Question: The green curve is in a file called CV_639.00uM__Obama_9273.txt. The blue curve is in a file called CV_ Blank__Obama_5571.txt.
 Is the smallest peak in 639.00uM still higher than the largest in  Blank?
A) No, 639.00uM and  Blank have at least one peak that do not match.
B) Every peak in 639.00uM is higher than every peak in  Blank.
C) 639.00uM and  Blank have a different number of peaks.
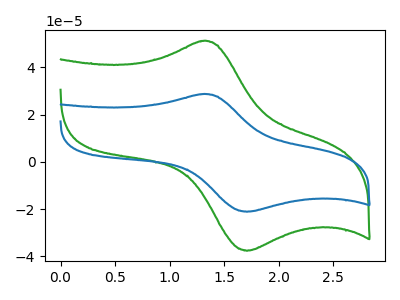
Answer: <think>The green curve "639.00uM" has an anodic peak at (1.30V, 51.15uA) and a cathodic peak at (1.70V, -37.60uA). The blue curve " Blank" has an anodic peak at (1.30V, 28.65uA) and a cathodic peak at (1.70V, -21.05uA).</think>
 <answer>B) Every peak in "639.00uM" is higher than every peak in " Blank".</answer>
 <eval>B</eval>